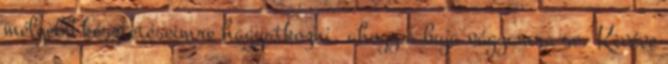
mélyebb késztetéseimre hagyatkozni, ahogy a buja vágyamra se. Kivéve